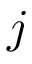
j